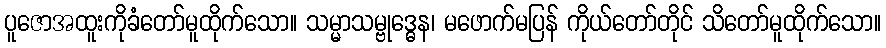
ပူဇောအထူးကိုခံတော်မူထိုက်သော။ သမ္မာသမ္ဗုဒ္ဓေန၊ မဖောက်မပြန် ကိုယ်တော်တိုင် သိတော်မူထိုက်သော။